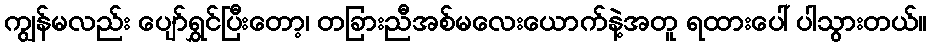
ကျွန်မလည်း ပျော်ရွှင်ပြီးတော့၊ တခြားညီအစ်မလေးယောက်နဲ့အတူ ရထားပေါ် ပါသွားတယ်။